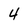
Character: 4